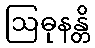
ဩဓုနန္တိ